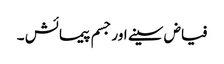
فیاض سینے اور جسم پیمائش ۔